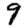
Digit: 9